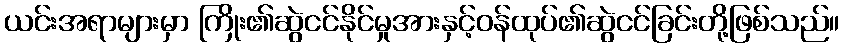
ယင်းအရာများမှာ ကြိုး၏ဆွဲငင်နိုင်မှုအားနှင့်ဝန်ထုပ်၏ဆွဲငင်ခြင်းတို့ဖြစ်သည်။